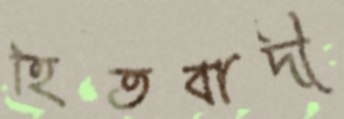
হিতবাদী